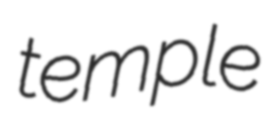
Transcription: temple